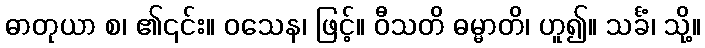
ဓာတုယာ စ၊ ၏၎င်း။ ဝသေန၊ ဖြင့်။ ဝီသတိ ဓမ္မာတိ၊ ဟူ၍။ သင်္ခံ၊ သို့။